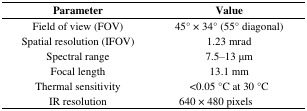
<table><thead><tr><td><b>Parameter</b></td><td><b>Value</b></td></tr></thead><tbody><tr><td>Field of view (FOV)</td><td>45° × 34° (55° diagonal)</td></tr><tr><td>Spatial resolution (IFOV)</td><td>1.23 mrad</td></tr><tr><td>Spectral range</td><td>7.5–13 μm</td></tr><tr><td>Focal length</td><td>13.1 mm</td></tr><tr><td>Thermal sensitivity</td><td>&lt;0.05 °C at 30 °C</td></tr><tr><td>IR resolution</td><td>640 × 480 pixels</td></tr></tbody></table>